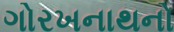
ગોરખનાથનો